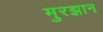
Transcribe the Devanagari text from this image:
मुरझान